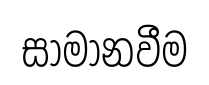
සාමානවීම